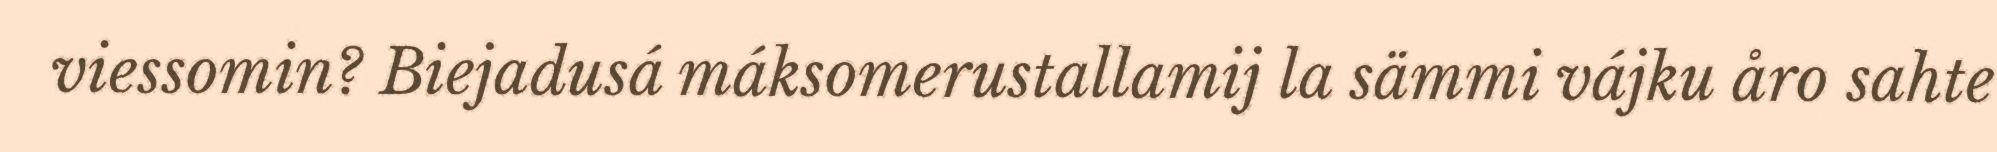
viessomin? Biejadusá máksomerustallamij la sämmi vájku åro sahte